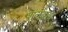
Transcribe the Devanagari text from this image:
शूलब्रह्म